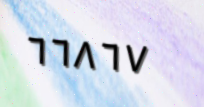
٦٦٨٦٧